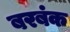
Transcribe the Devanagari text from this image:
बरबंक